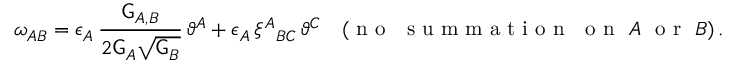
\omega _ { A B } = \epsilon _ { A } \, \frac { \mathsf { G } _ { A , B } } { 2 \mathsf { G } _ { A } \sqrt { \mathsf { G } _ { B } } } \, \vartheta ^ { A } + \epsilon _ { A } \, \xi ^ { A } { } _ { B C } \, \vartheta ^ { C } \quad ( \mathrm { ~ n ~ o ~ ~ ~ s ~ u ~ m ~ m ~ a ~ t ~ i ~ o ~ n ~ ~ ~ o ~ n ~ } ~ A ~ \mathrm { ~ o ~ r ~ } ~ B ) \, .